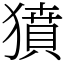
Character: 獖